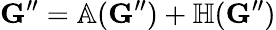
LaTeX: \mathbf{G}^{\prime\prime}=\mathbb{A}(\mathbf{G}^{\prime\prime})+\mathbb{H}(\mathbf{G}^{\prime\prime})